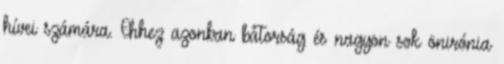
hívei számára. Ehhez azonban bátorság és nagyon sok önirónia